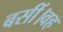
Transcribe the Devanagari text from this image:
बसीं।वह